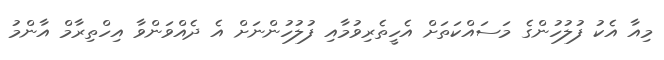
މިއާ އެކު ފުލުހުންގެ މަސައްކަތަށް އެހީތެރިވުމާއި ފުލުހުންނަށް އެ ދެއްވަންވާ އިހްތިރާމް އާންމު